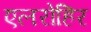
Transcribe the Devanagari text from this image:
एलरोहिर